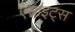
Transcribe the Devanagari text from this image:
एसाइट्स